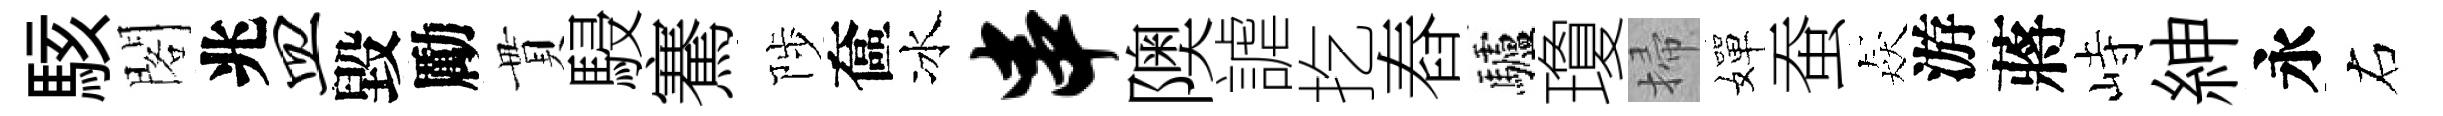
駭閣兆皿毀勵貫駸騫陟奩冰串隩謔扢舂驢瓊掃嬋蚕猋游蔣峙紳永右